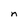
Character: n